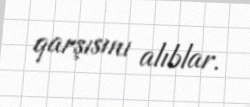
qarşısını alıblar.